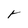
Character: r